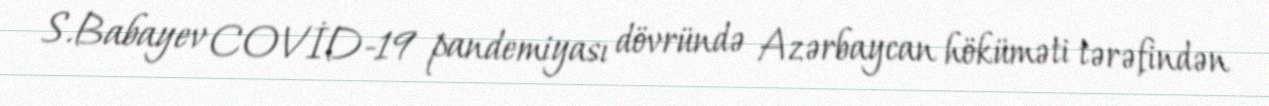
S.Babayev COVİD-19 pandemiyası dövründə Azərbaycan höküməti tərəfindən